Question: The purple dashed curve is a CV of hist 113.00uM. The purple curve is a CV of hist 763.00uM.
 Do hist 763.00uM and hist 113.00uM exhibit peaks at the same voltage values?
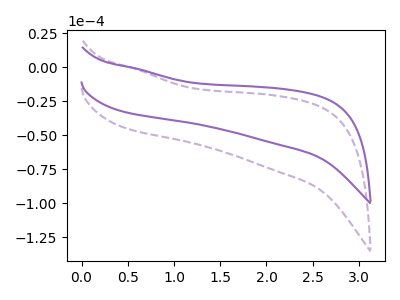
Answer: <think>The purple dashed curve "hist 113.00uM" has no peaks. The purple curve "hist 763.00uM" has no peaks.</think>
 <answer>Niether CV has any peaks.</answer>
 <eval>blanks</eval>